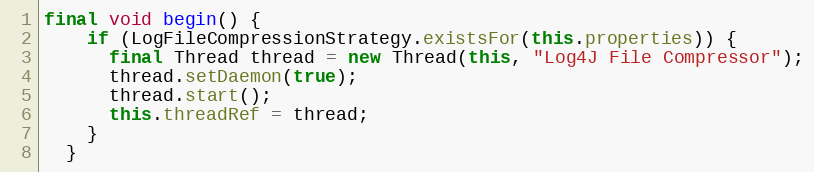
Language: Java
final void begin() {
    if (LogFileCompressionStrategy.existsFor(this.properties)) {
      final Thread thread = new Thread(this, "Log4J File Compressor");
      thread.setDaemon(true);
      thread.start();
      this.threadRef = thread;
    }
  }